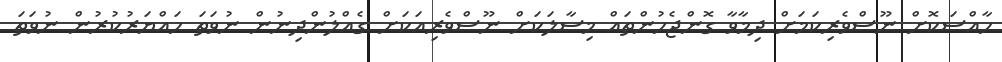
ހާއްސަކޮށް ނޫސްވެރިކަމަށް ދިމާވާ ގޮންޖެހުންތައް މިސާލަކަށް ނޫސްވެރިއަކަށް ގެއްލުންދިނުން ނުވަތަ ހައްޔަރުކުރުން ނުވަތަ